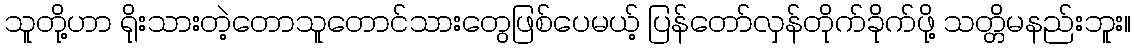
သူတို့ဟာ ရိုးသားတဲ့တောသူတောင်သားတွေဖြစ်ပေမယ့် ပြန်တော်လှန်တိုက်ခိုက်ဖို့ သတ္တိမနည်းဘူး။